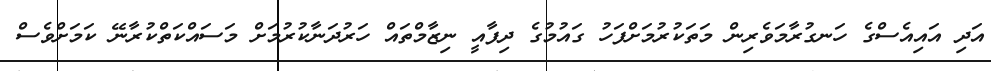
އަދި އައިއެސްގެ ހަނގުރާމަވެރިން މަތަކުރުމަށްފަހު ގައުމުގެ ދިފާއީ ނިޒާމްތައް ހަރުދަނާކުރުމަށް މަސައްކަތްކުރާނޭ ކަމަށްވެސް